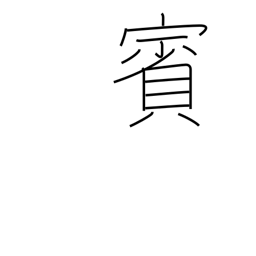
Meaning: guest